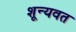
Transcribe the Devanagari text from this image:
शून्यवत